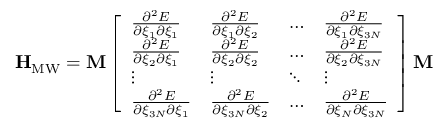
\mathbf { H } _ { \mathrm { M W } } = \mathbf { M } \left[ \begin{array} { l l l l } { \frac { \partial ^ { 2 } E } { \partial \xi _ { 1 } \partial \xi _ { 1 } } } & { \frac { \partial ^ { 2 } E } { \partial \xi _ { 1 } \partial \xi _ { 2 } } } & { \ldots } & { \frac { \partial ^ { 2 } E } { \partial \xi _ { 1 } \partial \xi _ { 3 N } } } \\ { \frac { \partial ^ { 2 } E } { \partial \xi _ { 2 } \partial \xi _ { 1 } } } & { \frac { \partial ^ { 2 } E } { \partial \xi _ { 2 } \partial \xi _ { 2 } } } & { \ldots } & { \frac { \partial ^ { 2 } E } { \partial \xi _ { 2 } \partial \xi _ { 3 N } } } \\ { \vdots } & { \vdots } & { \ddots } & { \vdots } \\ { \frac { \partial ^ { 2 } E } { \partial \xi _ { 3 N } \partial \xi _ { 1 } } } & { \frac { \partial ^ { 2 } E } { \partial \xi _ { 3 N } \partial \xi _ { 2 } } } & { \ldots } & { \frac { \partial ^ { 2 } E } { \partial \xi _ { N } \partial \xi _ { 3 N } } } \end{array} \right] \mathbf { M }